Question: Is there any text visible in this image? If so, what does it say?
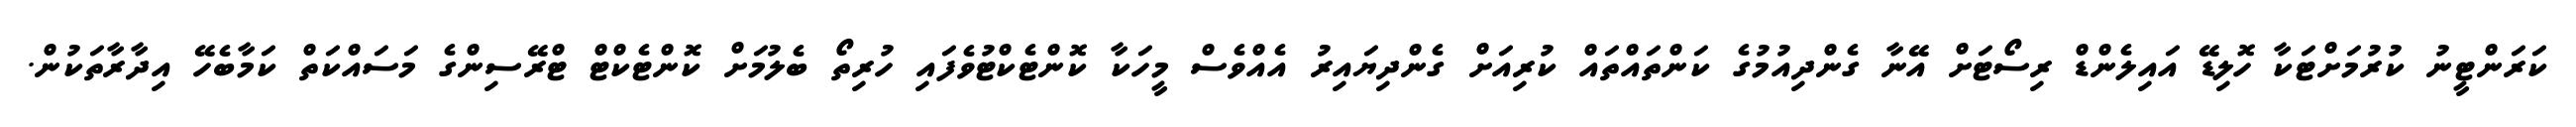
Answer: ކަރަންޓީނު ކުރުމަށްޓަކާ ހޮލިޑޭ އައިލެންޑް ރިސޯޓަށް އޭނާ ގެންދިއުމުގެ ކަންތައްތައް ކުރިއަށް ގެންދިޔައިރު އެއްވެސް މީހަކާ ކޮންޓެކްޓުވެފައި ހުރިތޯ ބެލުމަށް ކޮންޓެކްޓް ޓްރޭސިންގެ މަސައްކަތް ކަމާބެހޭ އިދާރާތަކުން.